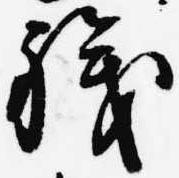
職